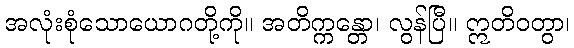
အလုံးစုံသောယောဂတို့ကို။ အတိက္ကန္တော၊ လွန်ပြီ။ ဣတိဝတွာ၊